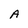
Character: A